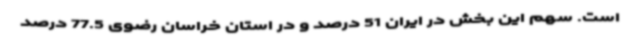
است. سهم این بخش در ایران 51 درصد و در استان خراسان رضوی 77.5 درصد